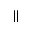
_ { | | }